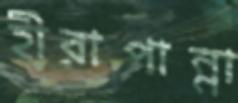
হীরাপান্না